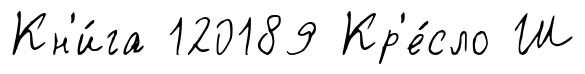
Кн'и́га 120189 Кр'е́сло Ш